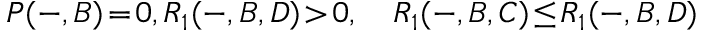
P ( - , B ) \! = \! 0 , R _ { 1 } ( - , B , D ) \! > \! 0 , \quad R _ { 1 } ( - , B , C ) \! \leq \! R _ { 1 } ( - , B , D )